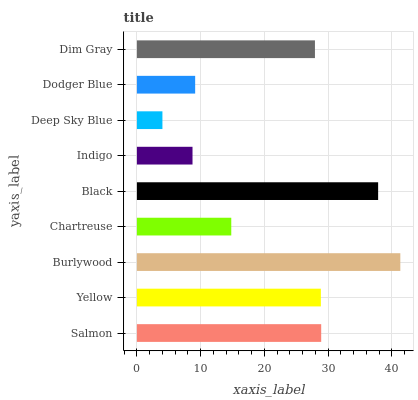
| yaxis_label | bars |
 | --- | --- |
 | Salmon | 28.9 |
 | Yellow | 28.9 |
 | Burlywood | 41.3 |
 | Chartreuse | 14.8 |
 | Black | 37.8 |
 | Indigo | 8.72 |
 | Deep Sky Blue | 4 |
 | Dodger Blue | 9.14 |
 | Dim Gray | 27.9 |